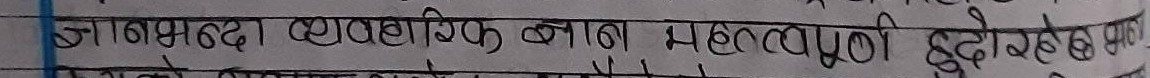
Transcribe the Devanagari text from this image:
ज्ञानभन्दा व्यावहारिक ज्ञान महत्वपूर्ण हुँदोरहेछ